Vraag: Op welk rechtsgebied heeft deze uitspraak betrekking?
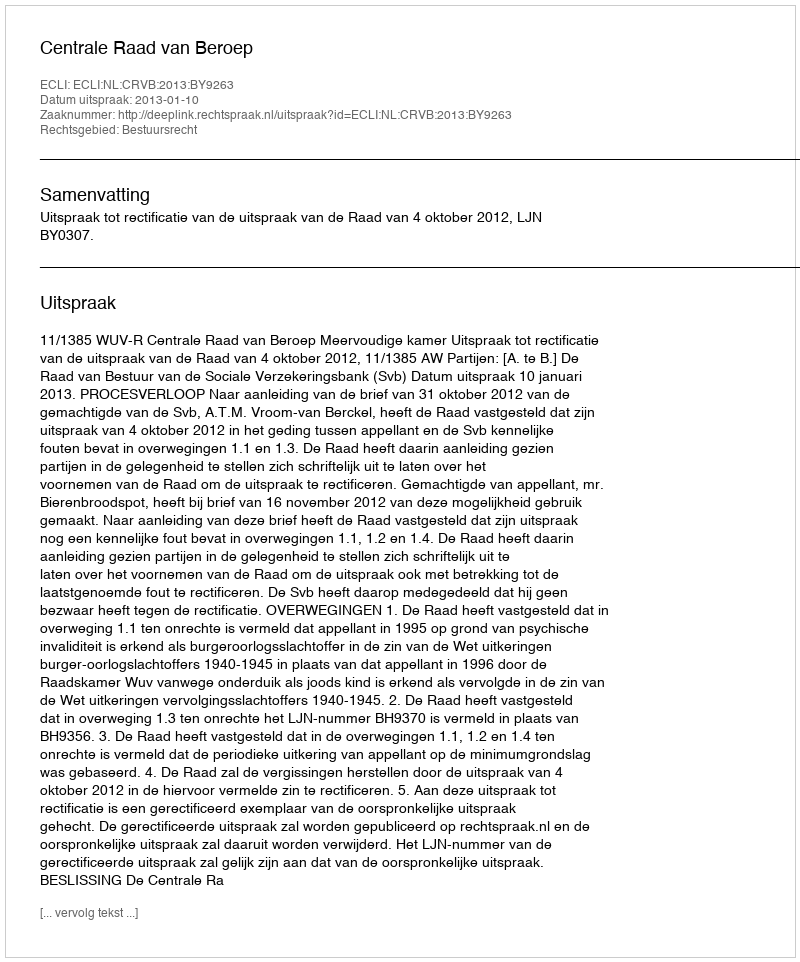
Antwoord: Bestuursrecht